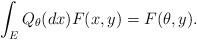
LaTeX: \begin{align*}\int_EQ_\theta(dx)F(x,y)=F(\theta,y).\end{align*}